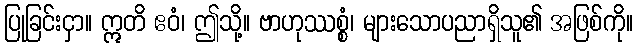
ပြုခြင်းငှာ။ ဣတိ ဧဝံ၊ ဤသို့။ ဗာဟုဿစ္စံ၊ များသောပညာရှိသူ၏ အဖြစ်ကို။